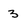
Character: 3